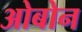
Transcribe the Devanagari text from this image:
ओबोन